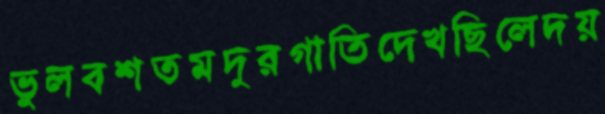
ভুলবশতমদুরগাতিদেখছিলেদয়